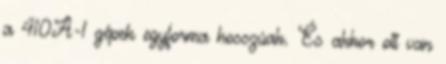
a 410A-1 gépek egyforma hosszúak. És akkor ott van